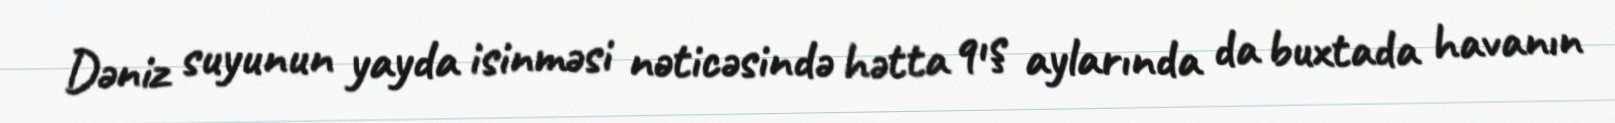
Dəniz suyunun yayda isinməsi nəticəsində hətta qış aylarında da buxtada havanın